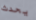
يحدث